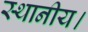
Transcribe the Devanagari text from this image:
स्‍थानीय।